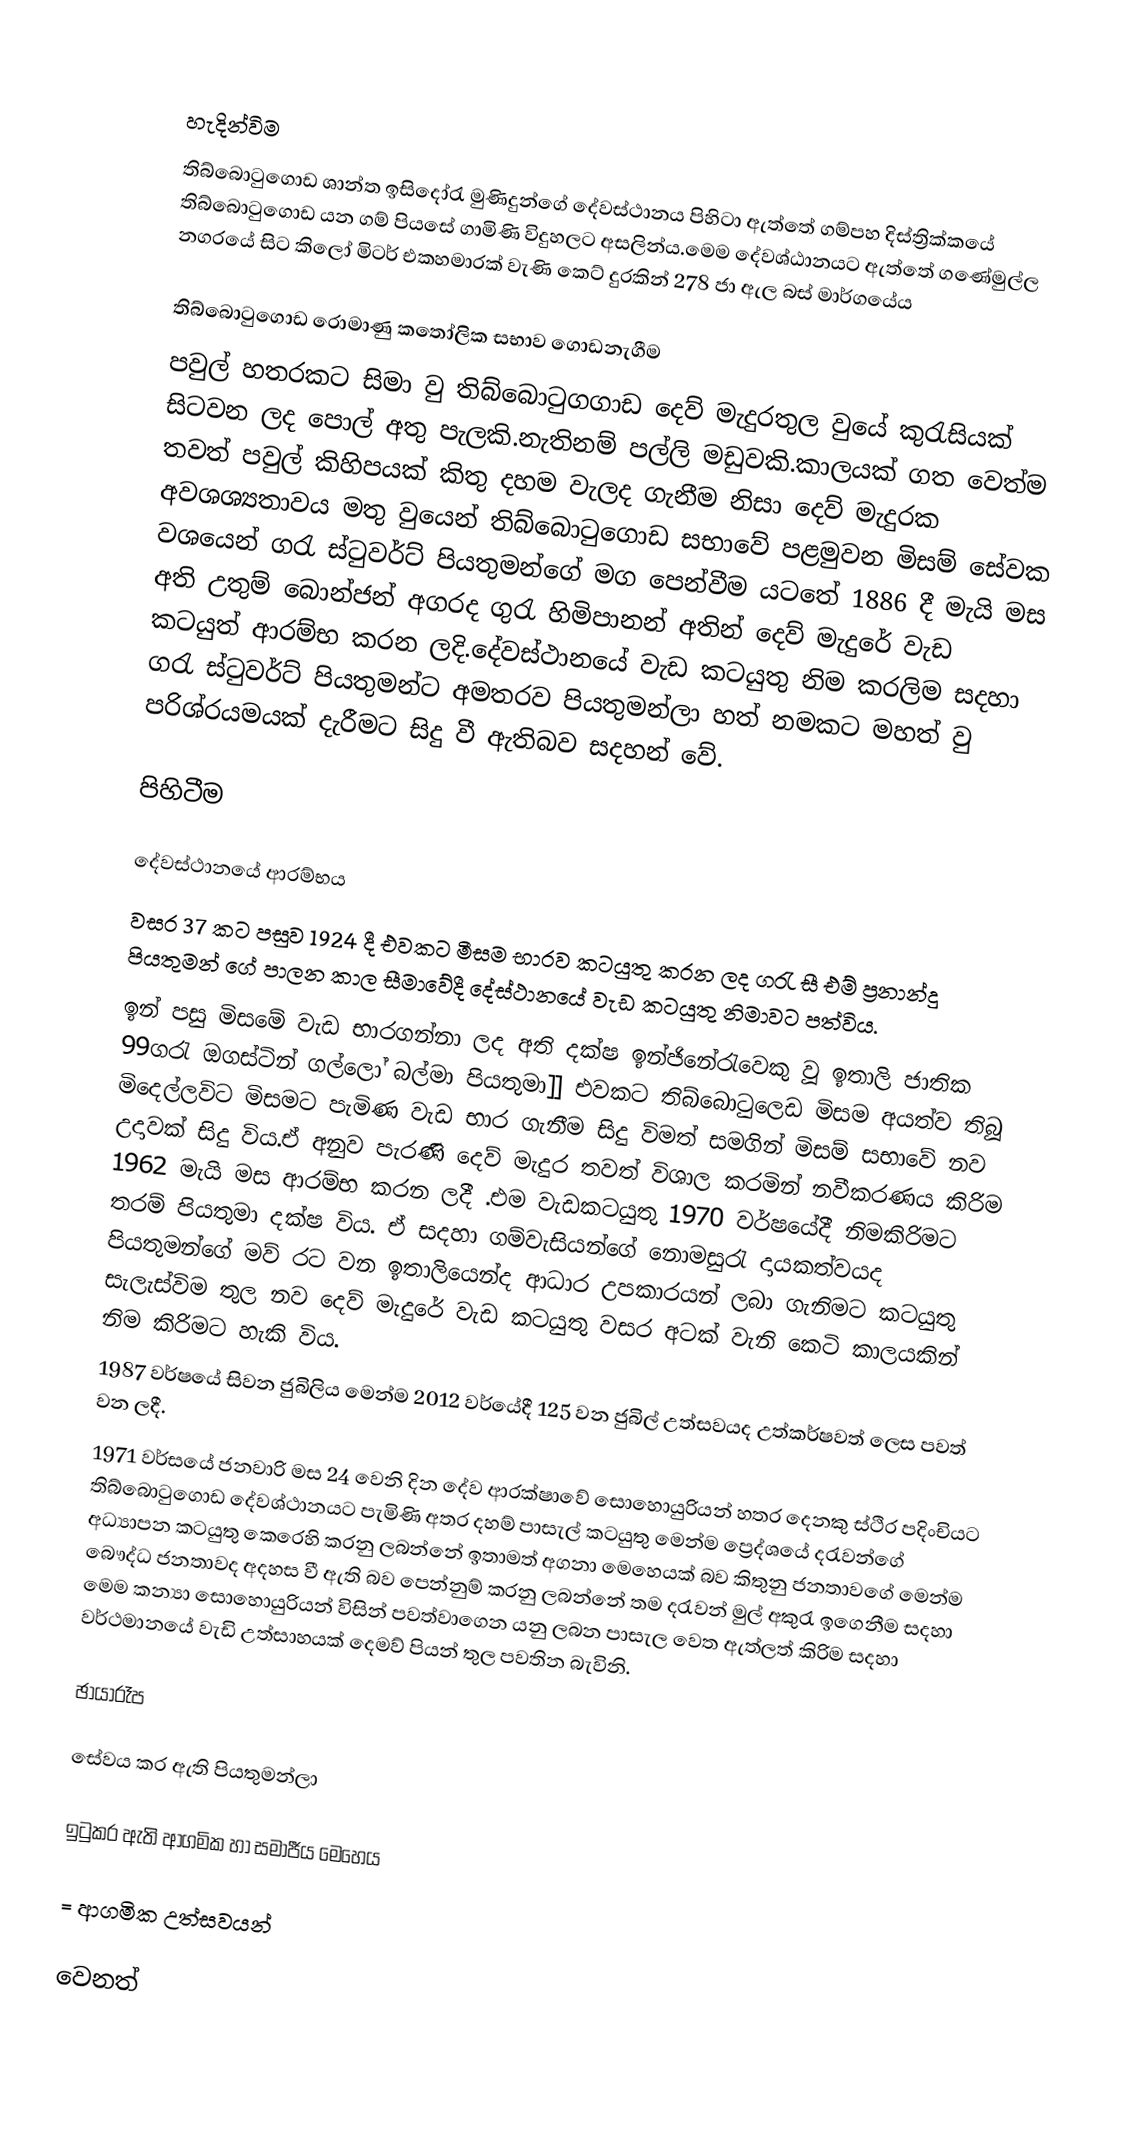

හැදින්විම
තිබ්බොටුගොඩ ශාන්ත ඉසිදෝරැ මුණිදුන්ගේ දේවස්ථානය පිහිටා ඇත්තේ ගම්පහ දිස්ත්‍රික්කයේ තිබ්බොටුගොඩ යන ගම් පියසේ ගාමිණි විදුහලට අසලින්ය.මෙම දේවශ්ඨානයට ඇත්තේ ගණේමුල්ල නගරයේ සිට කිලෝ මිටර් එකහමාරක් වැණි කෙට් දුරකින් 278 ජා ඇල බස් මාර්ගයේය

තිබ්බොටුගොඩ රොමාණු කතෝලික සභාව ගොඩනැගීම
පවුල් හතරකට සිමා වු තිබ්බොටුගගාඩ දෙව් මැදුරතුල වුයේ කුරැසියක් සිටවන ලද පොල් අතු පැලකි.නැතිනම් පල්ලි මඩුවකි.කාලයක් ගත වෙත්ම තවත් පවුල් කිහිපයක් කිතු දහම වැලද ගැනීම නිසා දෙව් මැදුරක අවශශ්‍යතාවය මතු වුයෙන් තිබ්බොටුගොඩ සභාවේ පළමුවන මිසම් සේවක වශයෙන් ගරැ ස්ටුවර්ට් පියතුමන්ගේ මග පෙන්වීම යටතේ 1886 දී මැයි මස අති උතුම් බොන්ජන් අගරද ගුරැ හිමිපානන් අතින්  දෙව් මැදුරේ වැඩ කටයුත් ආරම්භ කරන ලදි.දේවස්ථානයේ වැඩ කටයුතු නිම කරලිම සදහා ගරැ ස්ටුවර්ට් පියතුමන්ට අමතරව පියතුමන්ලා හත් නමකට මහත් වු පරිශ්රයමයක් දැරීමට සිදු වී ඇතිබව සදහන් වේ.

පිහිටීම

දේවස්ථානයේ ආරම්භය
වසර 37 කට පසුව 1924 දී එවකට මීසම භාරව කටයුතු කරන ලද ගරැ සී එම් ප්‍රනාන්දු පියතුමන් ගේ පාලන කාල සීමාවේදී දේස්ථානයේ වැඩ කටයුතු නිමාවට පත්විය.
ඉන් පසු මිසමේ වැඩ භාරගන්නා ලද අති දක්ෂ ඉන්ජිනේරැවෙකු වූ ඉතාලි ජාතික 99ගරැ ඔගස්ටින් ගල්ලෝ බල්මා පියතුමා]] එවකට තිබ්බොටුලෙඩ මිසම අයත්ව තිබූ මිදෙල්ලවිට මිසමට පැමිණ වැඩ භාර ගැනීම සිදු විමත් සමගින් මිසම් සභාවේ නව උදාවක් සිදු විය.ඒ අනුව පැරණි දෙව් මැදුර තවත් විශාල  කරමින් නවීකරණය කිරිම 1962 මැයි මස ආරම්භ කරන ලදී .එම වැඩකටයුතු 1970 වර්ෂයේදී නිමකිරිමට තරම් පියතුමා දක්ෂ විය. ඒ සදහා ගම්වැසියන්ගේ නොමසුරැ දායකත්වයද පියතුමන්ගේ මව් රට වන ඉතාලියෙන්ද ආධාර උපකාරයන් ලබා ගැනිමට කටයුතු සැලැස්විම තුල නව දෙව් මැදුරේ වැඩ කටයුතු වසර අටක් වැනි කෙටි කාලයකින් නිම කිරිමට හැකි විය.
1987 වර්ෂයේ සිවන ජුබිලිය මෙන්ම 2012 වර්යේදී 125 වන ජුබිල් උත්සවයද උත්කර්ෂවත් ලෙස පවත් වන ලදී.
1971 වර්සයේ ජනවාරි මස 24 වෙනි දින දේව ආරක්ෂාවේ සොහොයුරියන් හතර දෙනකු ස්ථිර පදිංචියට තිබ්බොටුගොඩ දේවශ්ථානයට පැමිණි අතර දහම් පාසැල් කටයුතු මෙන්ම ප්‍රෙද්ශයේ දරැවන්ගේ අධ්‍යාපන කටයුතු කෙරෙහි කරනු ලබන්නේ ඉතාමත් අගනා මෙහෙයක් බව කිතුනු ජනතාවගේ මෙන්ම බෞද්ධ ජනතාවද අදහස වී ඇති බව පෙන්නුම් කරනු ලබන්නේ තම දරැවන් මුල් අකුරැ ඉගෙනීම සදහා මෙම කන්‍යා සොහොයුරියන් විසින් පවත්වාගෙන යනු ලබන පාසැල වෙත ඇත්ලත් කිරිම සදහා වර්ථමානයේ වැඩි උත්සාහයක් දෙමව් පියන් තුල පවතින බැවිනි.

ඡායාරෑප

සේවය කර ඇති පියතුමන්ලා

ඉටුකර ඇති ආගමික හා සමාජීය මෙහෙය

= ආගමික උත්සවයන්

වෙනත්